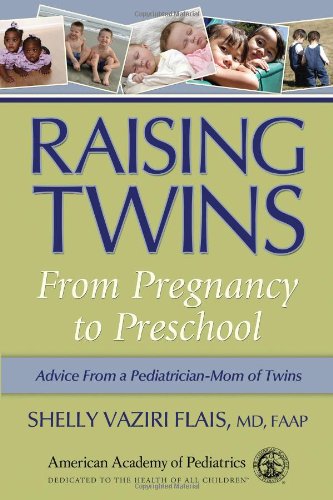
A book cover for Raising Twins: From Pregnancy to Preschool; Shelly Vaziri Flais; Parenting & Relationships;